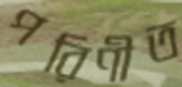
পরিণীত